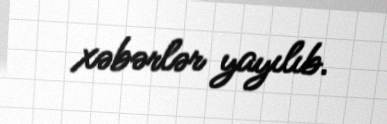
xəbərlər yayılıb.